65_HS1-834228961_62-HQ-83894_SUB_A
Agency: FBI
Page 25
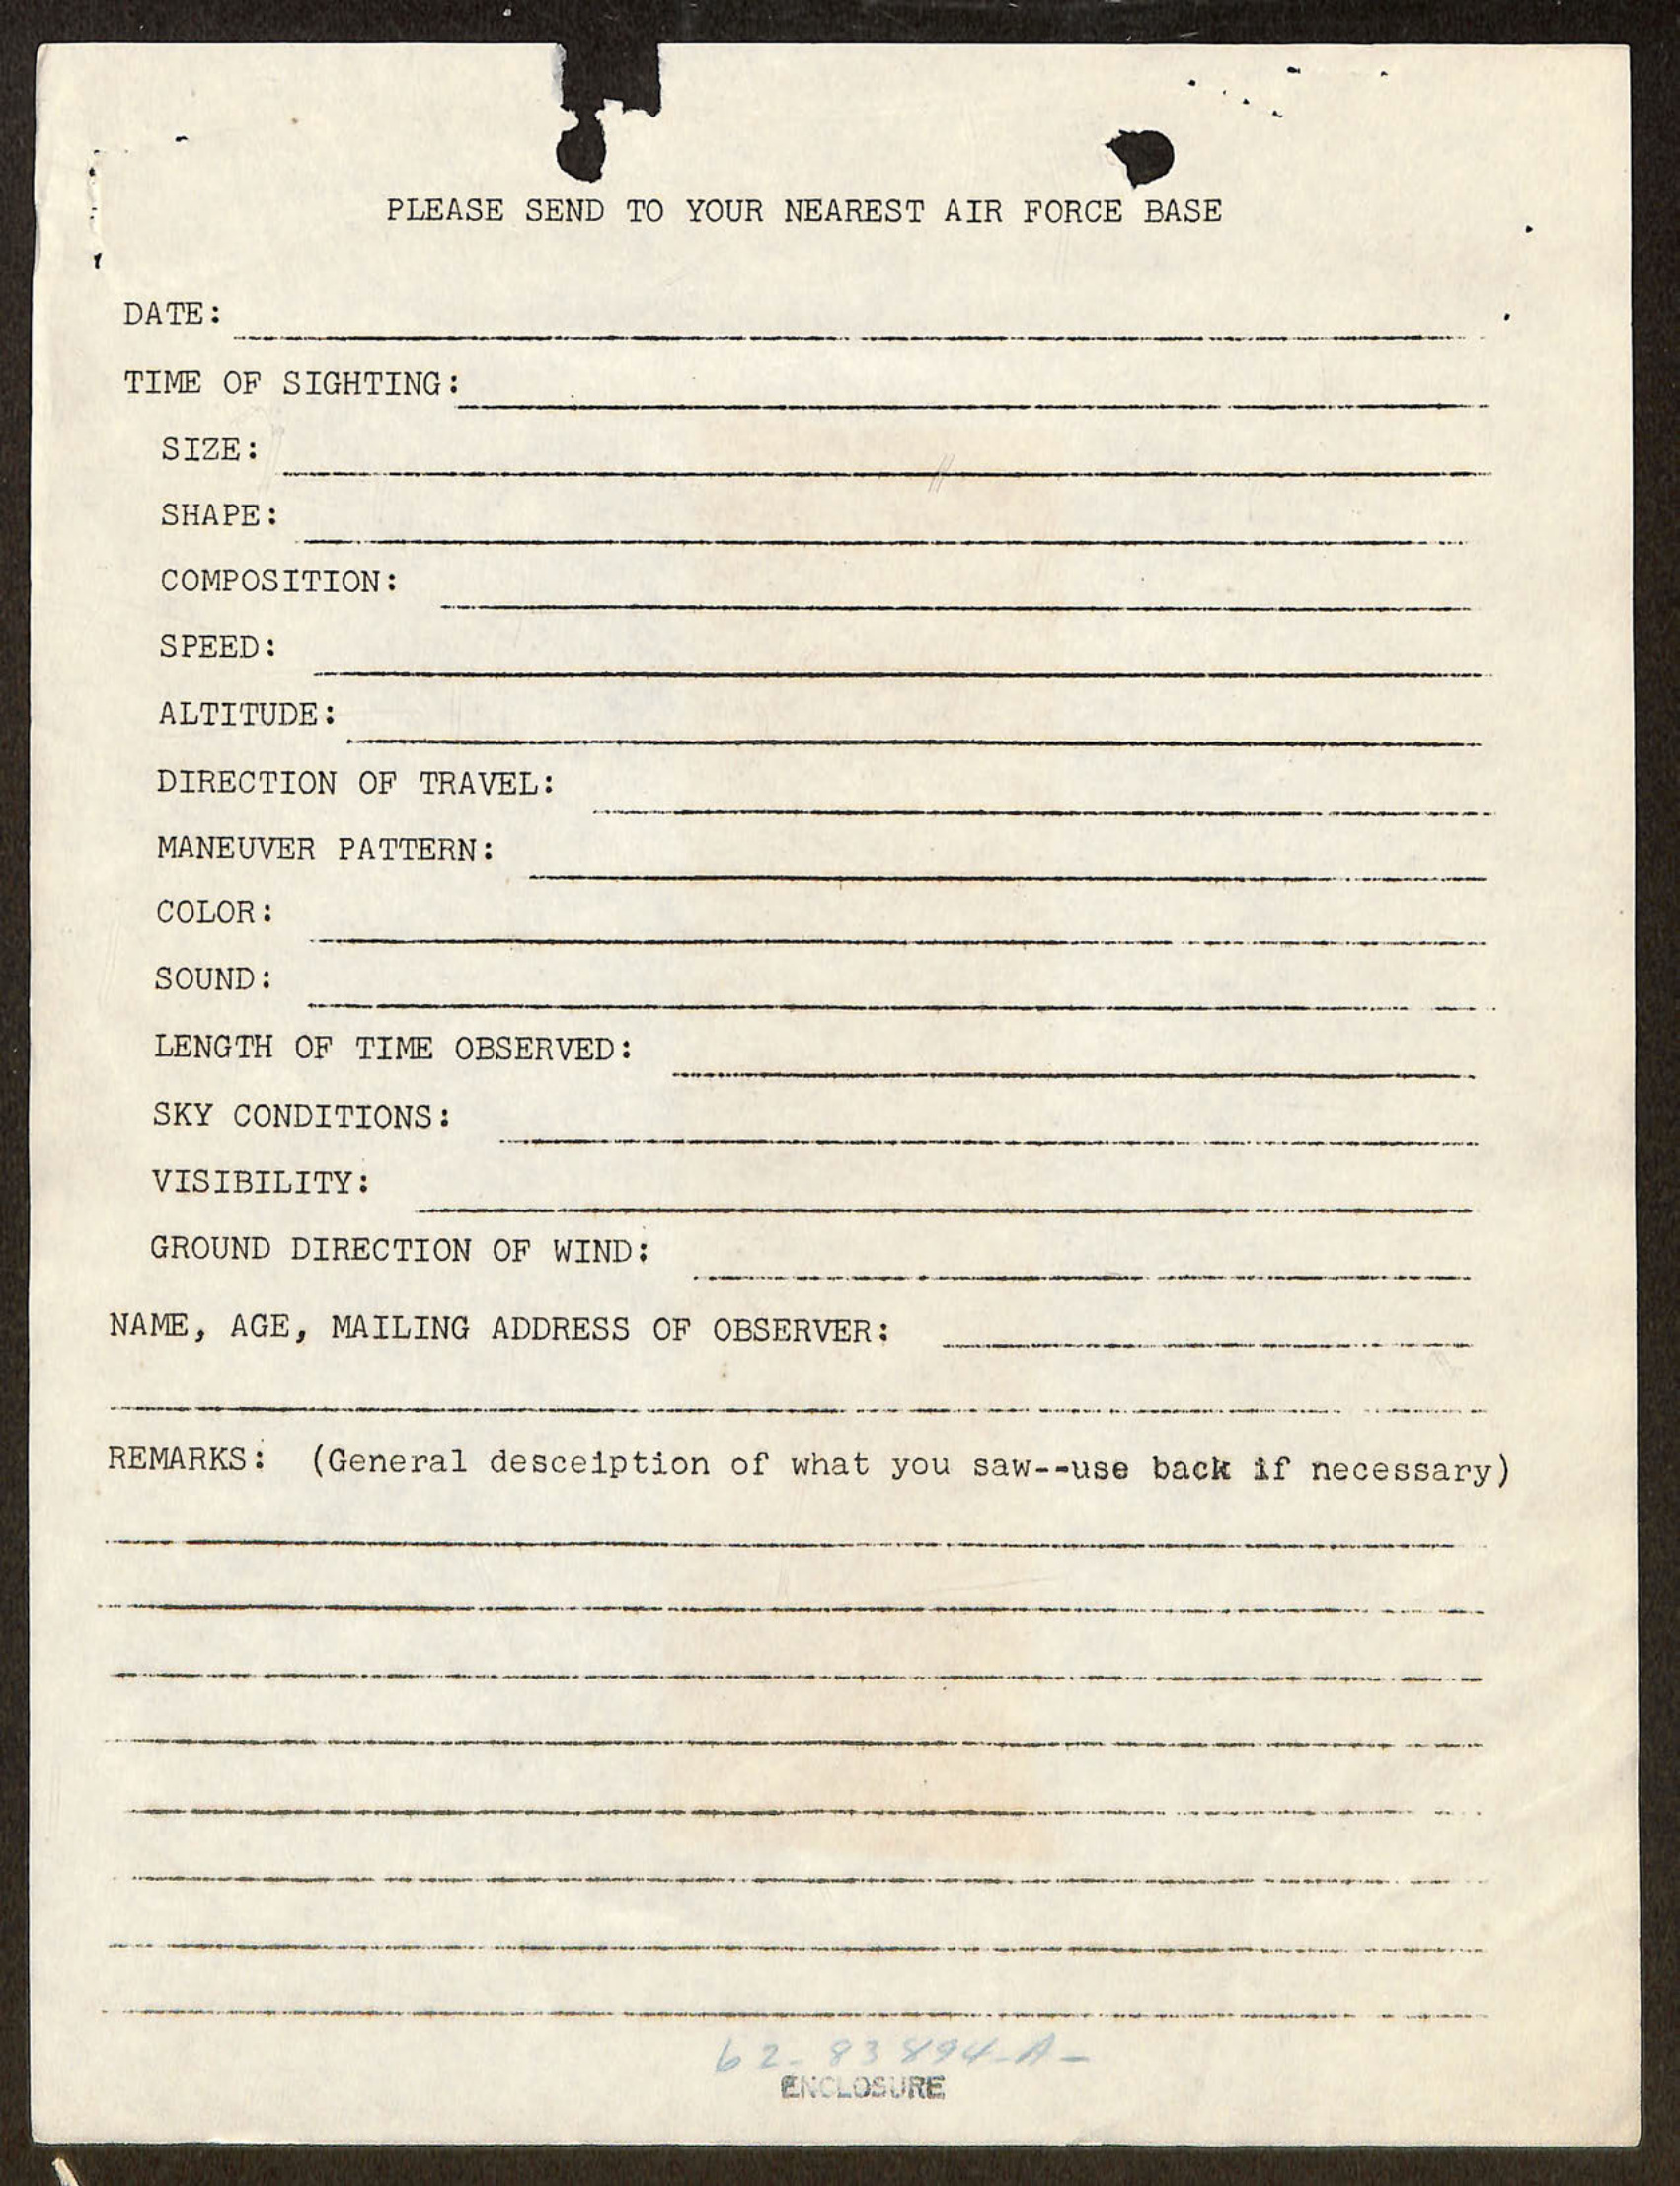